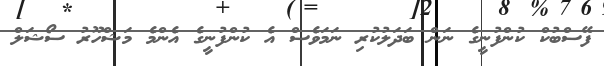
ފޭސްބުކް ކުންފުނީގެ ނަން ބަދަލުކުރި ނަމަވެސް އެ ކުންފުނީގެ އެންމެ މަޝްހޫރު ސޯޝަލް